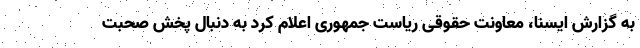
به گزارش ایسنا، معاونت حقوقی ریاست جمهوری اعلام کرد به دنبال پخش صحبت